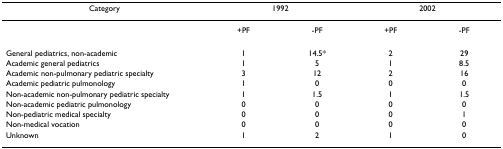
<table><thead><tr><td><b>Category</b></td><td colspan="2"><b>1992</b></td><td colspan="2"><b>2002</b></td></tr></thead><tbody><tr><td></td><td>+PF</td><td>-PF</td><td>+PF</td><td>-PF</td></tr><tr><td>General pediatrics, non-academic</td><td>1</td><td>14.5*</td><td>2</td><td>29</td></tr><tr><td>Academic general pediatrics</td><td>1</td><td>5</td><td>1</td><td>8.5</td></tr><tr><td>Academic non-pulmonary pediatric specialty</td><td>3</td><td>12</td><td>2</td><td>16</td></tr><tr><td>Academic pediatric pulmonology</td><td>1</td><td>0</td><td>0</td><td>0</td></tr><tr><td>Non-academic non-pulmonary pediatric specialty</td><td>1</td><td>1.5</td><td>1</td><td>1.5</td></tr><tr><td>Non-academic pediatric pulmonology</td><td>0</td><td>0</td><td>0</td><td>0</td></tr><tr><td>Non-pediatric medical specialty</td><td>0</td><td>0</td><td>0</td><td>1</td></tr><tr><td>Non-medical vocation</td><td>0</td><td>0</td><td>0</td><td>0</td></tr><tr><td>Unknown</td><td>1</td><td>2</td><td>1</td><td>0</td></tr></tbody></table>